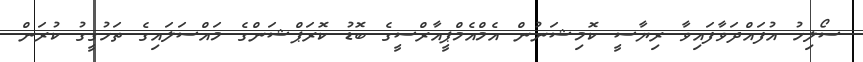
ސޯލިހު އުފައްދަވާފައިވާ ރިޔާސީ ކޮމިޝަނުން އެމްއެމްޕީއާރްސީގެ ބޮޑު ކޮރަޕްޝަންގެ މައްސަލައިގެ ތަހުގީގު ކުރަން